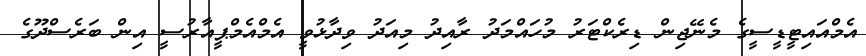
އެމްއައިޓީޑީސީގެ މެނޭޖިން ޑިރެކްޓަރު މުހައްމަދު ރާއިދު މިއަދު ވިދާޅުވީ އެމްއެމްޕީއާރުސީ އިން ބަރެސްދޫގެ